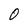
Character: 0